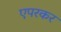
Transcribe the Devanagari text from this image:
एपरकर